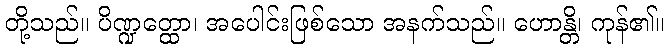
တို့သည်။ ပိဏ္ဍတ္ထော၊ အပေါင်းဖြစ်သော အနက်သည်။ ဟောန္တိ၊ ကုန်၏။